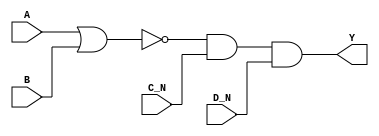
/*
 * Copyright 2020 The SkyWater PDK Authors
 *
 * Licensed under the Apache License, Version 2.0 (the "License");
 * you may not use this file except in compliance with the License.
 * You may obtain a copy of the License at
 *
 *     https://www.apache.org/licenses/LICENSE-2.0
 *
 * Unless required by applicable law or agreed to in writing, software
 * distributed under the License is distributed on an "AS IS" BASIS,
 * WITHOUT WARRANTIES OR CONDITIONS OF ANY KIND, either express or implied.
 * See the License for the specific language governing permissions and
 * limitations under the License.
 *
 * SPDX-License-Identifier: Apache-2.0
*/


`ifndef SKY130_FD_SC_HD__NOR4BB_FUNCTIONAL_V
`define SKY130_FD_SC_HD__NOR4BB_FUNCTIONAL_V

/**
 * nor4bb: 4-input NOR, first two inputs inverted.
 *
 * Verilog simulation functional model.
 */

`timescale 1ns / 1ps
`default_nettype none

`celldefine
module sky130_fd_sc_hd__nor4bb (
    Y  ,
    A  ,
    B  ,
    C_N,
    D_N
);

    // Module ports
    output Y  ;
    input  A  ;
    input  B  ;
    input  C_N;
    input  D_N;

    // Local signals
    wire nor0_out  ;
    wire and0_out_Y;

    //  Name  Output      Other arguments
    nor nor0 (nor0_out  , A, B              );
    and and0 (and0_out_Y, nor0_out, C_N, D_N);
    buf buf0 (Y         , and0_out_Y        );

endmodule
`endcelldefine

`default_nettype wire
`endif  // SKY130_FD_SC_HD__NOR4BB_FUNCTIONAL_V